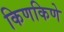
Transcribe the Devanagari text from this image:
किणकिणे